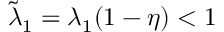
\tilde { \lambda } _ { 1 } = \lambda _ { 1 } ( 1 - \eta ) < 1